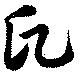
氏